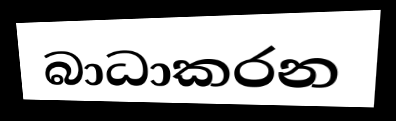
බාධාකරන